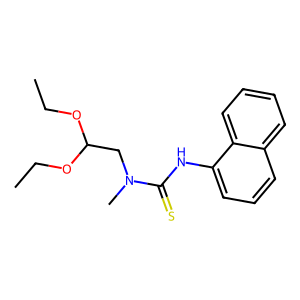
SMILES: CCOC(CN(C)C(=S)Nc1cccc2ccccc12)OCC
Inhibits HIV replication: No